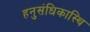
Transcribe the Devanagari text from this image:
हनुसंधिकास्थि